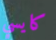
كايسي